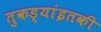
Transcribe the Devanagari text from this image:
तुकड्यांइतकी